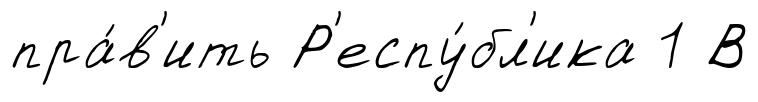
пра́в'ить Р'еспу́бл'ика 1 В